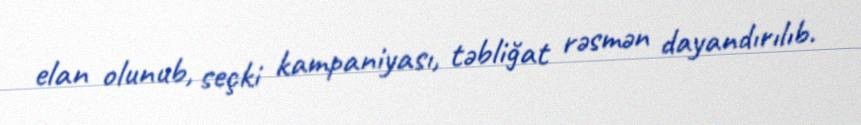
elan olunub, seçki kampaniyası, təbliğat rəsmən dayandırılıb.